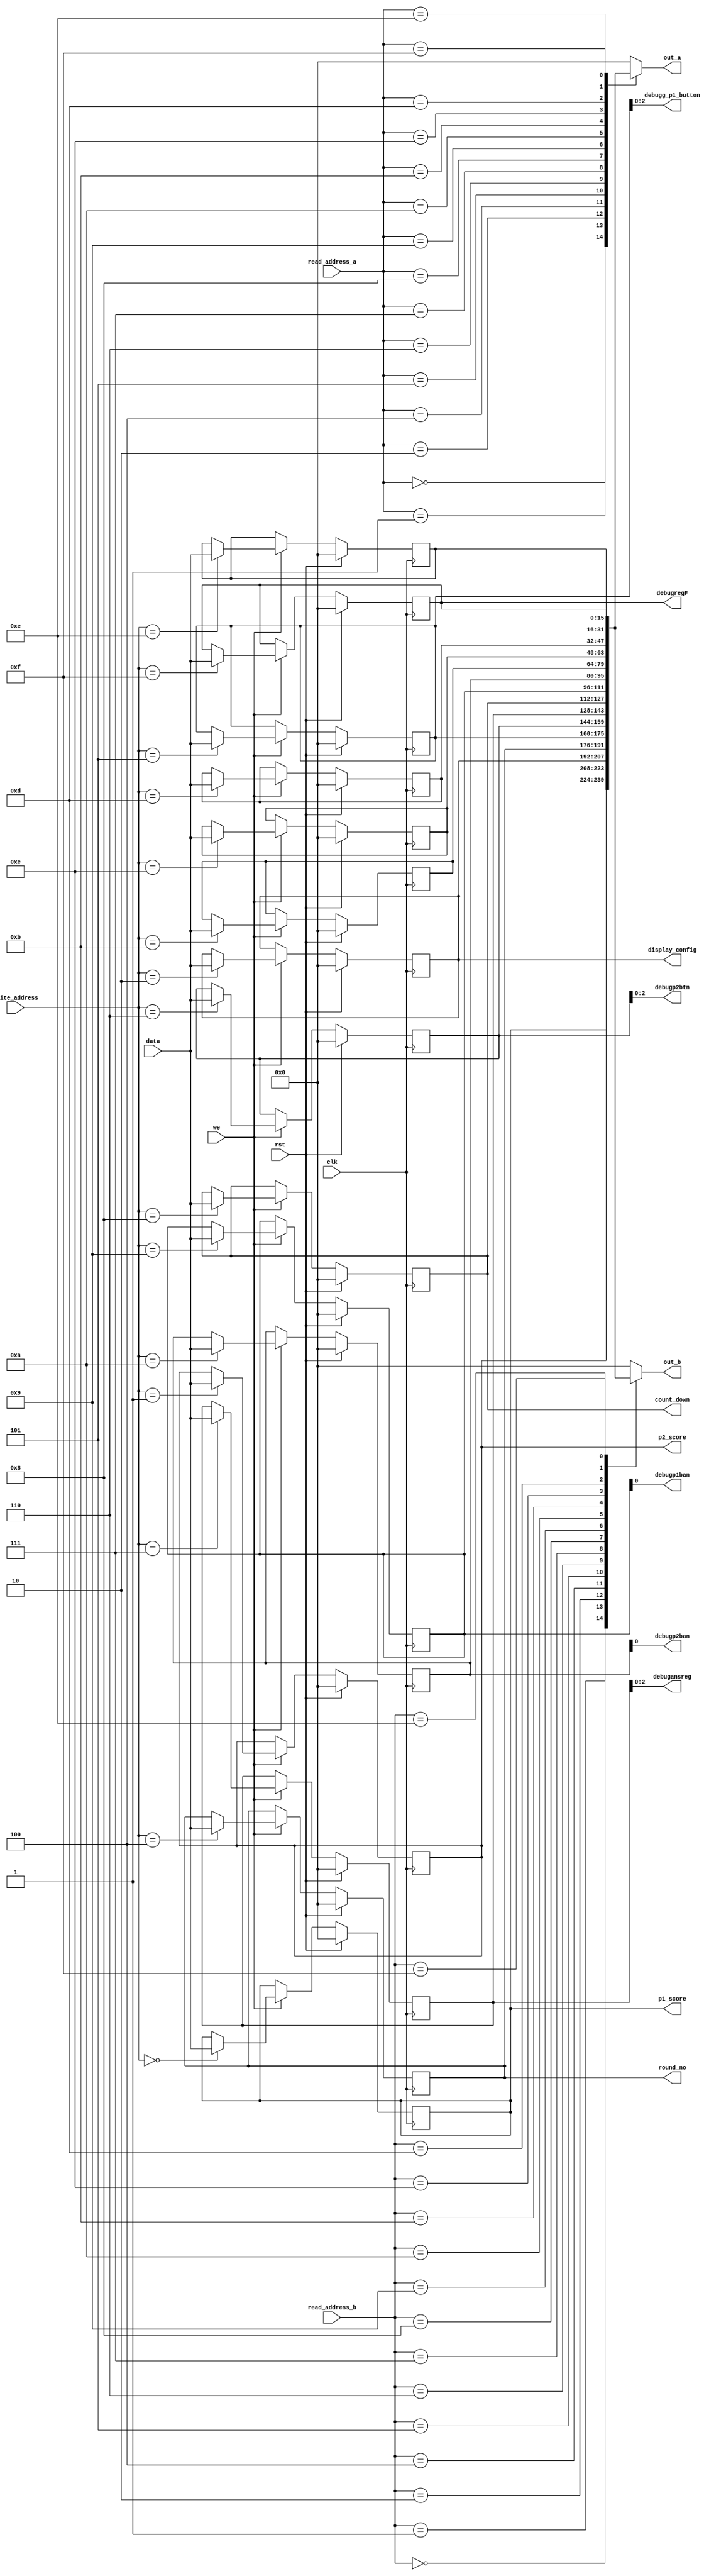
/*
   This file was generated automatically by Alchitry Labs version 1.2.7.
   Do not edit this file directly. Instead edit the original Lucid source.
   This is a temporary file and any changes made to it will be destroyed.
*/

module regfile_mod_12 (
    input clk,
    input rst,
    input we,
    input [15:0] data,
    input [3:0] write_address,
    input [3:0] read_address_a,
    input [3:0] read_address_b,
    output reg [15:0] out_a,
    output reg [15:0] out_b,
    output reg [15:0] p1_score,
    output reg [15:0] p2_score,
    output reg [15:0] display_config,
    output reg [15:0] round_no,
    output reg [15:0] count_down,
    output reg [2:0] debugg_p1_button,
    output reg [2:0] debugansreg,
    output reg debugp1ban,
    output reg debugp2ban,
    output reg [2:0] debugp2btn,
    output reg [15:0] debugregF
  );
  
  
  
  reg [15:0] M_p1_scorereg_d, M_p1_scorereg_q = 1'h0;
  reg [15:0] M_p2_scorereg_d, M_p2_scorereg_q = 1'h0;
  reg [15:0] M_display_config_reg_d, M_display_config_reg_q = 1'h0;
  reg [15:0] M_round_num_reg_d, M_round_num_reg_q = 1'h0;
  reg [15:0] M_p1_button_d, M_p1_button_q = 1'h0;
  reg [15:0] M_p2_button_d, M_p2_button_q = 1'h0;
  reg [15:0] M_round_ans_reg_d, M_round_ans_reg_q = 1'h0;
  reg [15:0] M_round_countdown_reg_d, M_round_countdown_reg_q = 1'h0;
  reg [15:0] M_p1_ban_reg_d, M_p1_ban_reg_q = 1'h0;
  reg [15:0] M_p2_ban_reg_d, M_p2_ban_reg_q = 1'h0;
  reg [15:0] M_free_regB_d, M_free_regB_q = 1'h0;
  reg [15:0] M_free_regC_d, M_free_regC_q = 1'h0;
  reg [15:0] M_free_regD_d, M_free_regD_q = 1'h0;
  reg [15:0] M_free_regE_d, M_free_regE_q = 1'h0;
  reg [15:0] M_free_regF_d, M_free_regF_q = 1'h0;
  
  always @* begin
    M_p2_scorereg_d = M_p2_scorereg_q;
    M_round_countdown_reg_d = M_round_countdown_reg_q;
    M_p1_ban_reg_d = M_p1_ban_reg_q;
    M_free_regB_d = M_free_regB_q;
    M_round_num_reg_d = M_round_num_reg_q;
    M_free_regD_d = M_free_regD_q;
    M_free_regC_d = M_free_regC_q;
    M_p1_button_d = M_p1_button_q;
    M_free_regF_d = M_free_regF_q;
    M_free_regE_d = M_free_regE_q;
    M_p1_scorereg_d = M_p1_scorereg_q;
    M_p2_button_d = M_p2_button_q;
    M_p2_ban_reg_d = M_p2_ban_reg_q;
    M_display_config_reg_d = M_display_config_reg_q;
    M_round_ans_reg_d = M_round_ans_reg_q;
    
    if (we) begin
      
      case (write_address)
        4'h0: begin
          M_p1_scorereg_d = data;
        end
        4'h1: begin
          M_p2_scorereg_d = data;
        end
        4'h2: begin
          M_display_config_reg_d = data;
        end
        4'h4: begin
          M_round_num_reg_d = data;
        end
        4'h5: begin
          M_p1_button_d = data;
        end
        4'h6: begin
          M_p2_button_d = data;
        end
        4'h7: begin
          M_round_ans_reg_d = data;
        end
        4'h8: begin
          M_round_countdown_reg_d = data;
        end
        4'h9: begin
          M_p1_ban_reg_d = data;
        end
        4'ha: begin
          M_p2_ban_reg_d = data;
        end
        4'hb: begin
          M_free_regB_d = data;
        end
        4'hc: begin
          M_free_regC_d = data;
        end
        4'hd: begin
          M_free_regD_d = data;
        end
        4'he: begin
          M_free_regE_d = data;
        end
        4'hf: begin
          M_free_regF_d = data;
        end
      endcase
    end
    
    case (read_address_a)
      4'h0: begin
        out_a = M_p1_scorereg_q;
      end
      4'h1: begin
        out_a = M_p2_scorereg_q;
      end
      4'h2: begin
        out_a = M_display_config_reg_q;
      end
      4'h4: begin
        out_a = M_round_num_reg_q;
      end
      4'h5: begin
        out_a = M_p1_button_q;
      end
      4'h6: begin
        out_a = M_p2_button_q;
      end
      4'h7: begin
        out_a = M_round_ans_reg_q;
      end
      4'h8: begin
        out_a = M_round_countdown_reg_q;
      end
      4'h9: begin
        out_a = M_p1_ban_reg_q;
      end
      4'ha: begin
        out_a = M_p2_ban_reg_q;
      end
      4'hb: begin
        out_a = M_free_regB_q;
      end
      4'hc: begin
        out_a = M_free_regC_q;
      end
      4'hd: begin
        out_a = M_free_regD_q;
      end
      4'he: begin
        out_a = M_free_regE_q;
      end
      4'hf: begin
        out_a = M_free_regF_q;
      end
      default: begin
        out_a = 1'h0;
      end
    endcase
    
    case (read_address_b)
      4'h0: begin
        out_b = M_p1_scorereg_q;
      end
      4'h1: begin
        out_b = M_p2_scorereg_q;
      end
      4'h2: begin
        out_b = M_display_config_reg_q;
      end
      4'h4: begin
        out_b = M_round_num_reg_q;
      end
      4'h5: begin
        out_b = M_p1_button_q;
      end
      4'h6: begin
        out_b = M_p2_button_q;
      end
      4'h7: begin
        out_b = M_round_ans_reg_q;
      end
      4'h8: begin
        out_b = M_round_countdown_reg_q;
      end
      4'h9: begin
        out_b = M_p1_ban_reg_q;
      end
      4'ha: begin
        out_b = M_p2_ban_reg_q;
      end
      4'hb: begin
        out_b = M_free_regB_q;
      end
      4'hc: begin
        out_b = M_free_regC_q;
      end
      4'hd: begin
        out_b = M_free_regD_q;
      end
      4'he: begin
        out_b = M_free_regE_q;
      end
      4'hf: begin
        out_b = M_free_regF_q;
      end
      default: begin
        out_b = 1'h0;
      end
    endcase
    p1_score = M_p1_scorereg_q;
    p2_score = M_p2_scorereg_q;
    display_config = M_display_config_reg_q;
    round_no = M_round_num_reg_q;
    count_down = M_round_countdown_reg_q;
    debugg_p1_button = M_p1_button_q[0+2-:3];
    debugregF = M_free_regF_q;
    debugansreg = M_round_ans_reg_q[0+2-:3];
    debugp1ban = M_p1_ban_reg_q[0+0-:1];
    debugp2ban = M_p2_ban_reg_q[0+0-:1];
    debugp2btn = M_p2_button_q[0+2-:3];
  end
  
  always @(posedge clk) begin
    if (rst == 1'b1) begin
      M_p1_scorereg_q <= 1'h0;
      M_p2_scorereg_q <= 1'h0;
      M_display_config_reg_q <= 1'h0;
      M_round_num_reg_q <= 1'h0;
      M_p1_button_q <= 1'h0;
      M_p2_button_q <= 1'h0;
      M_round_ans_reg_q <= 1'h0;
      M_round_countdown_reg_q <= 1'h0;
      M_p1_ban_reg_q <= 1'h0;
      M_p2_ban_reg_q <= 1'h0;
      M_free_regB_q <= 1'h0;
      M_free_regC_q <= 1'h0;
      M_free_regD_q <= 1'h0;
      M_free_regE_q <= 1'h0;
      M_free_regF_q <= 1'h0;
    end else begin
      M_p1_scorereg_q <= M_p1_scorereg_d;
      M_p2_scorereg_q <= M_p2_scorereg_d;
      M_display_config_reg_q <= M_display_config_reg_d;
      M_round_num_reg_q <= M_round_num_reg_d;
      M_p1_button_q <= M_p1_button_d;
      M_p2_button_q <= M_p2_button_d;
      M_round_ans_reg_q <= M_round_ans_reg_d;
      M_round_countdown_reg_q <= M_round_countdown_reg_d;
      M_p1_ban_reg_q <= M_p1_ban_reg_d;
      M_p2_ban_reg_q <= M_p2_ban_reg_d;
      M_free_regB_q <= M_free_regB_d;
      M_free_regC_q <= M_free_regC_d;
      M_free_regD_q <= M_free_regD_d;
      M_free_regE_q <= M_free_regE_d;
      M_free_regF_q <= M_free_regF_d;
    end
  end
  
endmodule